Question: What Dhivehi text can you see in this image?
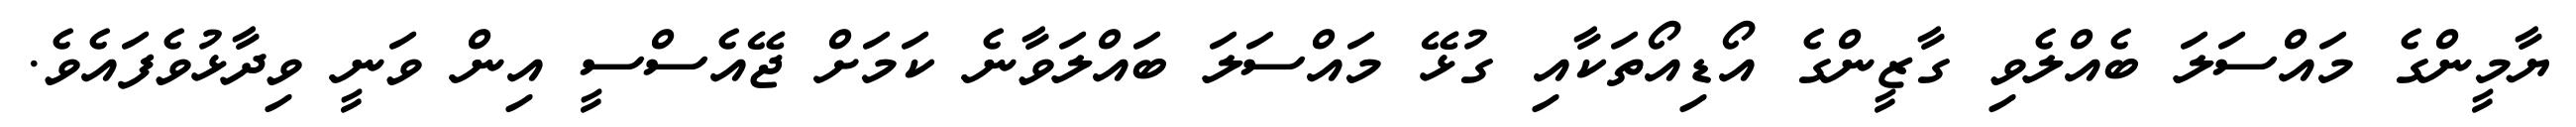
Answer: ޔާމީންގެ މައްސަލަ ބެއްލެވި ގާޒީންގެ އޯޑިއޯތަކާއި ގުޅޭ މައްސަލަ ބައްލަވާނެ ކަމަށް ޖޭއެސްސީ އިން ވަނީ ވިދާޅުވެފައެވެ.